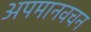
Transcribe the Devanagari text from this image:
अपमानवचन